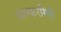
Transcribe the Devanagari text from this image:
भास्करगिरी